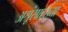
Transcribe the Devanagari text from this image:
अश्रूंसारख्या